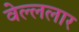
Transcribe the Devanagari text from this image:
वेल्ललार